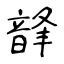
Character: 韸